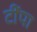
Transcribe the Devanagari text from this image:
टींपा